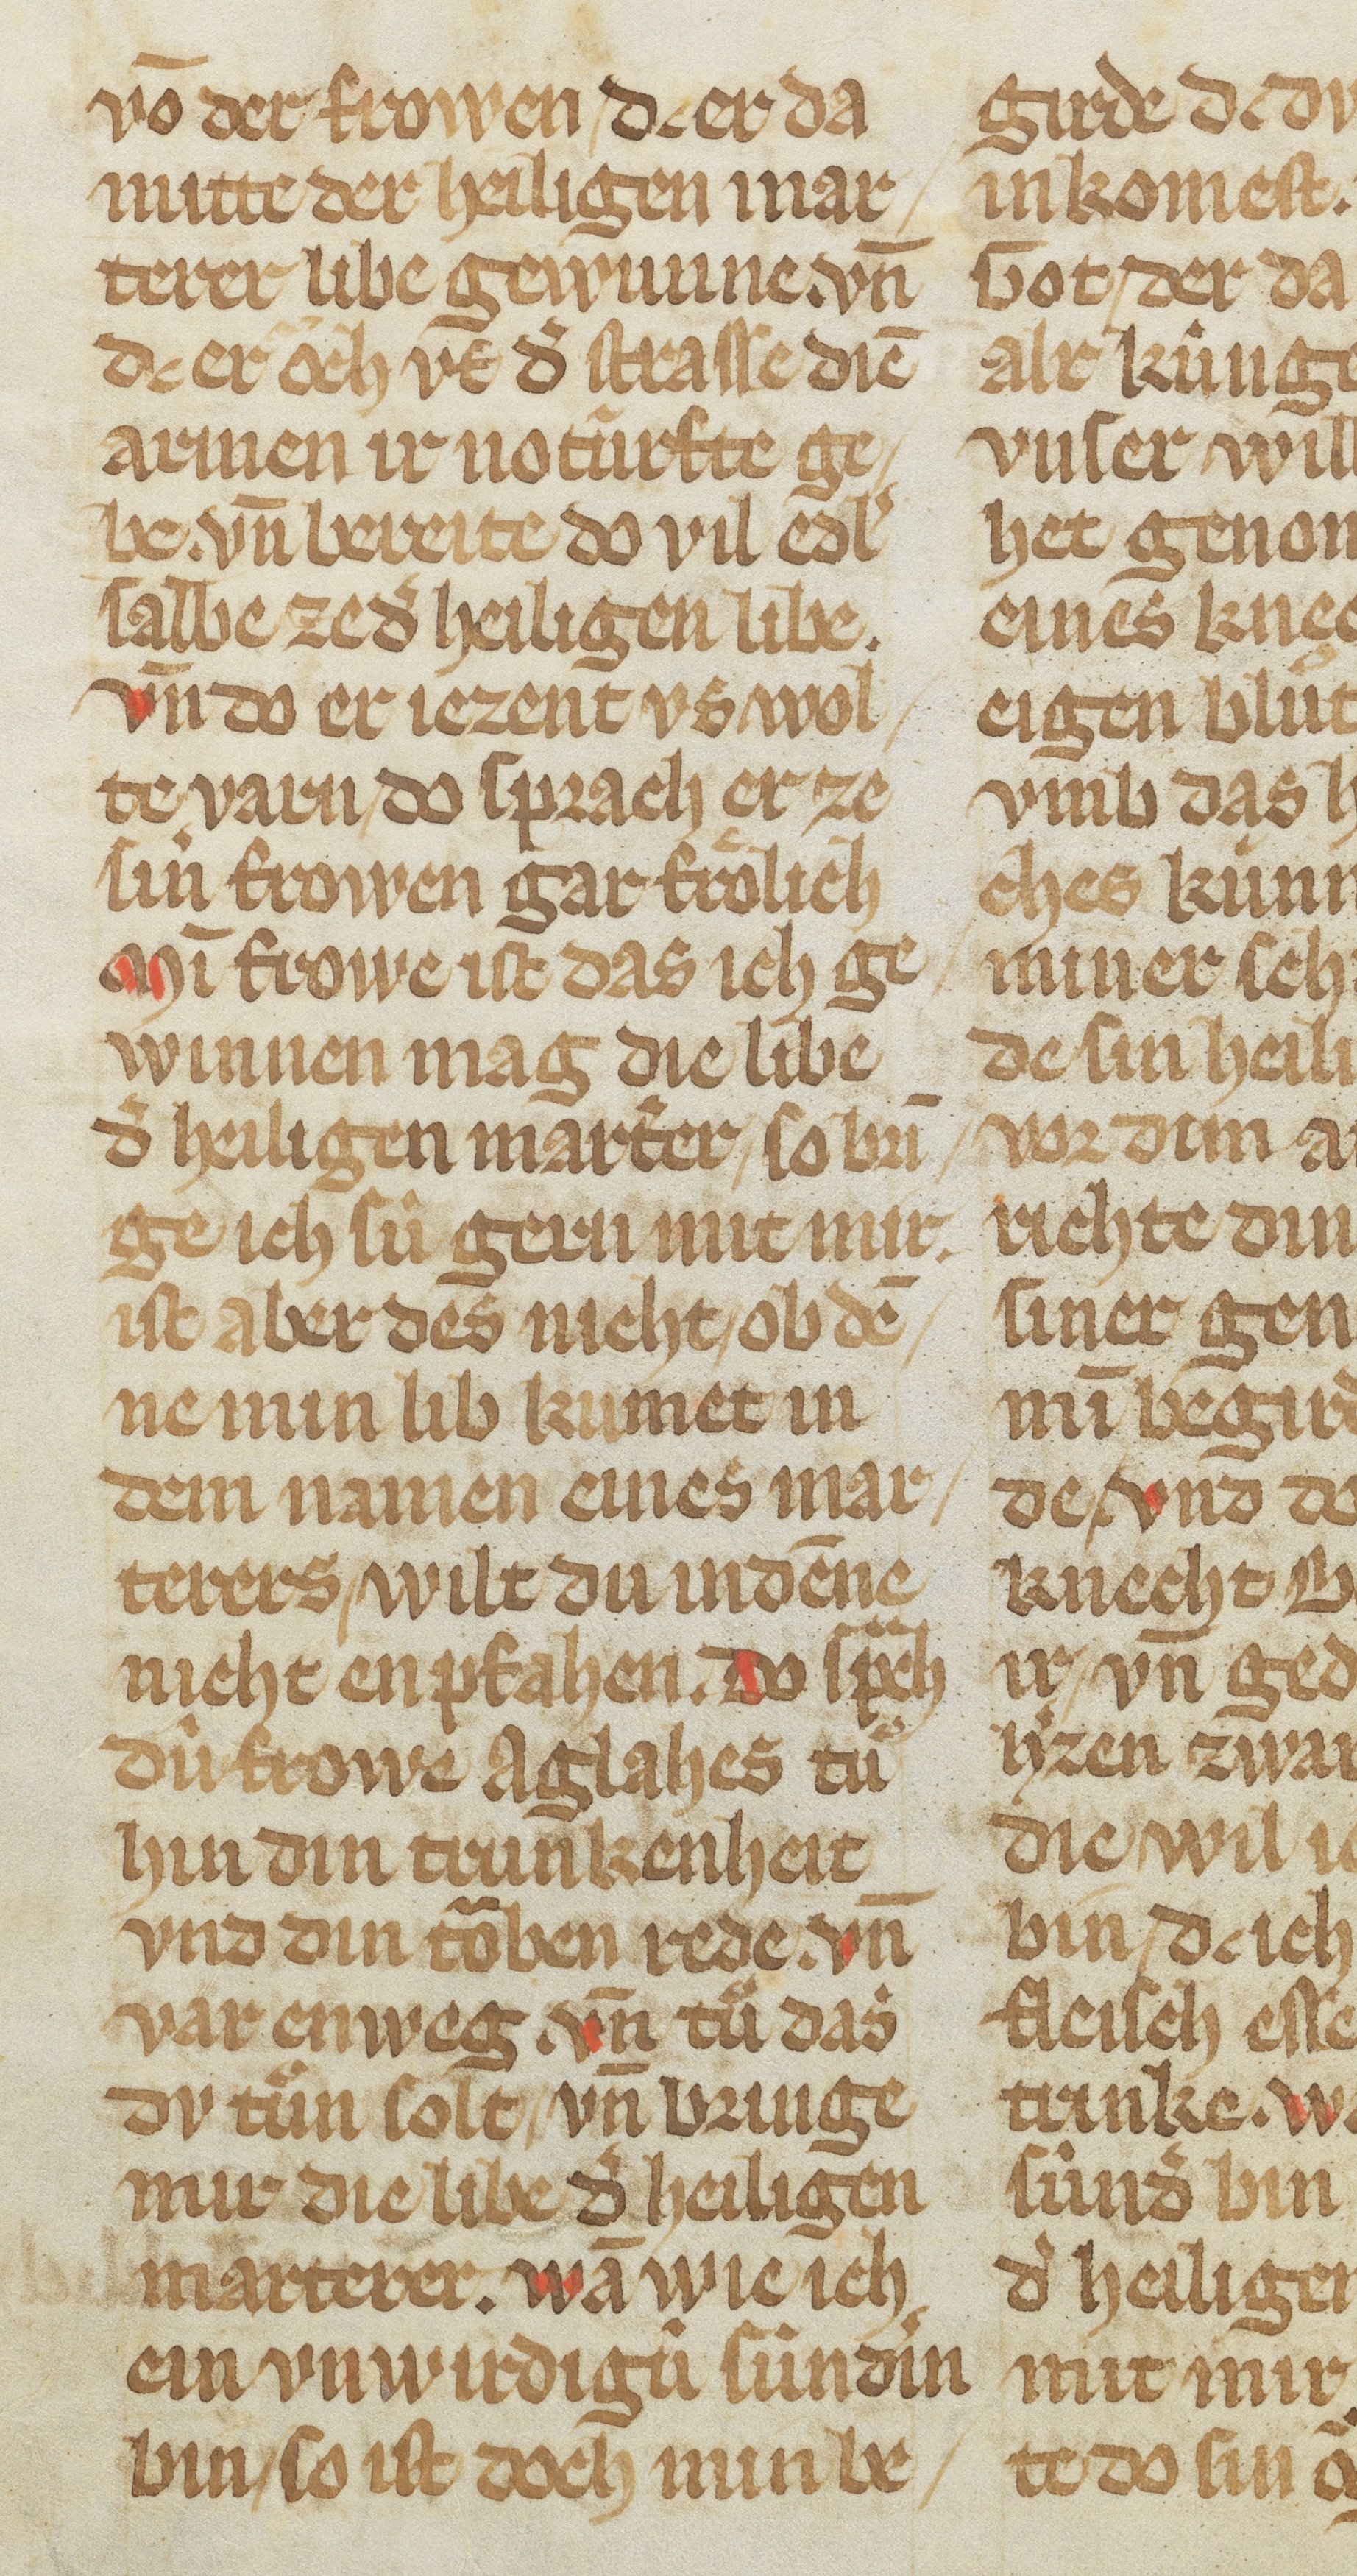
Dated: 1325–1349